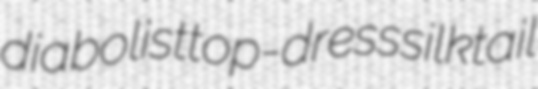
diabolist top-dress silktail